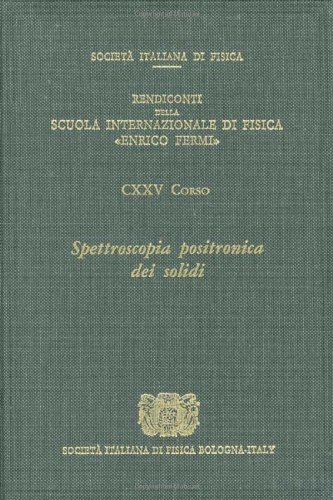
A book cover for Positron Spectroscopy of Solids (Proceedings of the International School of Physics); A. Dupasquier; Science & Math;